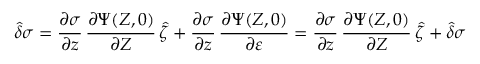
\boldsymbol { \hat { \delta } } \sigma = \frac { \partial \sigma } { \partial \boldsymbol z } \, \frac { \partial \boldsymbol { \Psi } ( \boldsymbol { Z } , 0 ) } { \partial \boldsymbol Z } \, \boldsymbol { \hat { \zeta } } + \frac { \partial \sigma } { \partial \boldsymbol z } \, \frac { \partial \boldsymbol { \Psi } ( \boldsymbol { Z } , 0 ) } { \partial \varepsilon } = \frac { \partial \sigma } { \partial \boldsymbol z } \, \frac { \partial \boldsymbol { \Psi } ( \boldsymbol { Z } , 0 ) } { \partial \boldsymbol Z } \, \boldsymbol { \hat { \zeta } } + \hat { \delta } \sigma